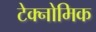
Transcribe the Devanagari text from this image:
टेक्नोमिक